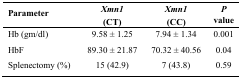
<table><thead><tr><td><b>Parameter</b></td><td><b><i>Xmn1</i>(CT)</b></td><td><b><i>Xmn1</i>(CC)</b></td><td><b><i>P</i> value</b></td></tr></thead><tbody><tr><td>Hb (gm/dl)</td><td>9.58 ± 1.25</td><td>7.94 ± 1.34</td><td>0.001</td></tr><tr><td>HbF </td><td>89.30 ± 21.87</td><td>70.32 ± 40.56</td><td>0.04</td></tr><tr><td>Splenectomy (%)</td><td>15 (42.9)</td><td>7 (43.8)</td><td>0.59</td></tr></tbody></table>